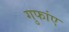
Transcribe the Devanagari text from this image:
गुफांए